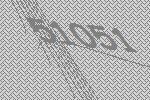
51051